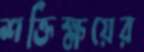
শক্তিক্ষয়ের